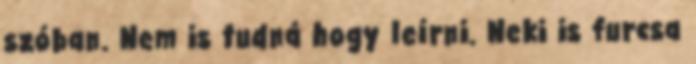
szóban. Nem is tudná hogy leírni. Neki is furcsa